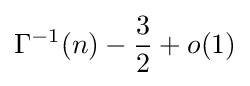
\Gamma ^{-1}(n)-{\frac {3}{2}}+o(1)